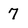
Character: 7